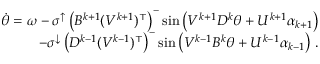
\begin{array} { r } { \dot { \theta } = \omega - \sigma ^ { \uparrow } \left( B ^ { k + 1 } ( V ^ { k + 1 } ) ^ { \top } \right) ^ { - } \sin \left( V ^ { k + 1 } D ^ { k } \theta + U ^ { k + 1 } \alpha _ { k + 1 } \right) } \\ { - \sigma ^ { \downarrow } \left( D ^ { k - 1 } ( V ^ { k - 1 } ) ^ { \top } \right) ^ { - } \sin \left( V ^ { k - 1 } B ^ { k } \theta + U ^ { k - 1 } \alpha _ { k - 1 } \right) \, . } \end{array}